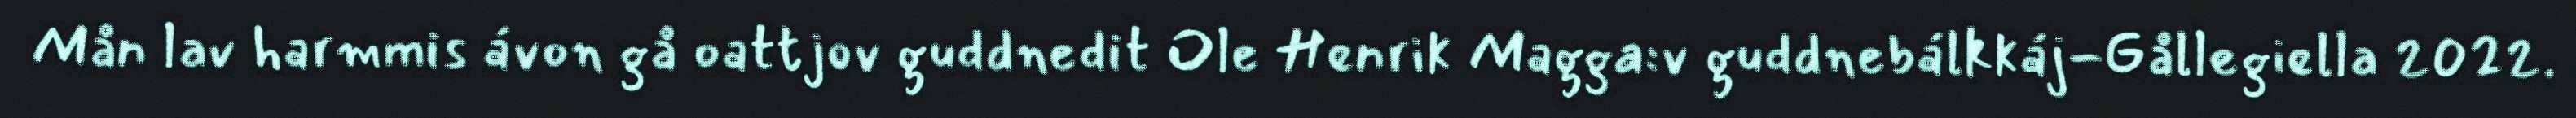
Mån lav harmmis ávon gå oattjov guddnedit Ole Henrik Magga:v guddnebálkkáj-Gållegiella 2022.